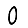
Digit: 0